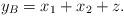
LaTeX: \begin{align*}y_B = x_1 + x_2 + z.\end{align*}